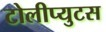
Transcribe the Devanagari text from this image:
टोलीप्युटस